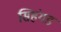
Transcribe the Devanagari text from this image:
सिहंगड